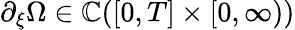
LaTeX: \partial_{\xi}\Omega\in\mathbb{C}([0,T]\times[0,\infty))